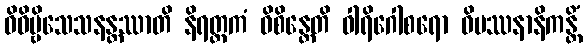
ဝိဓိဗ္ဗိသေသနန္တဿာတိ နိရတ္ထကံ ဝိစိန္တေတိ ဝါရိဂေါစရော ဝိပဿနာနိကန္တိံ